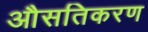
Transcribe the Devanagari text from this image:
औसतिकरण